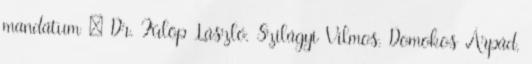
mandátum : Dr. Fülöp László, Szilágyi Vilmos, Domokos Árpád,